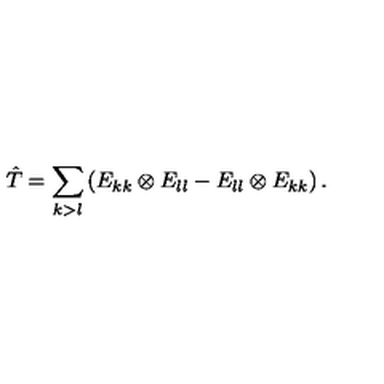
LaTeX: \hat { T } = \sum _ { k > l } \left( E _ { k k } \otimes E _ { l l } - E _ { l l } \otimes E _ { k k } \right) .